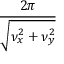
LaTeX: \frac { 2 \pi } { \sqrt { \nu _ { x } ^ { 2 } + \nu _ { y } ^ { 2 } } }